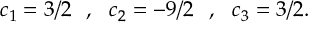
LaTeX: c _ { 1 } = 3 / 2 \: \: \: , \: \: \: c _ { 2 } = - 9 / 2 \: \: \: , \: \: \: c _ { 3 } = 3 / 2 .